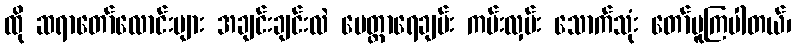
ထို ဆရာတော်လောင်းများ အချင်းချင်းလဲ မေတ္တာရေချမ်း ကမ်းလှမ်း သောက်သုံး တော်မူကြပါတယ်၊